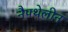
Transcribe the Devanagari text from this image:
नैपथेलीन